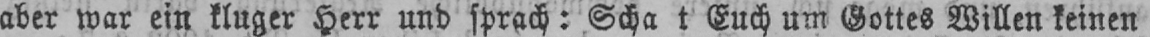
Euch um Gottes Willen keinen